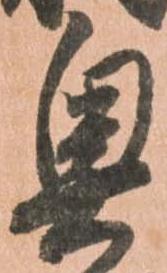
奥